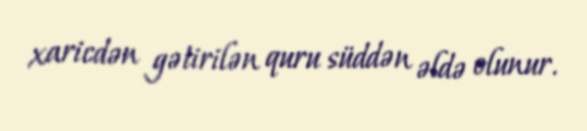
xaricdən gətirilən quru süddən əldə olunur.